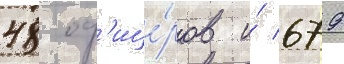
48 оф'ице́ров и́ 679